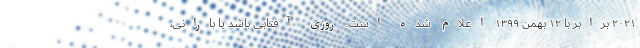
۲۰۲۱ برابر با ۱۲ بهمن ۱۳۹۹ اعلام شده است. روزی آفتابی باشد یا بارانی،